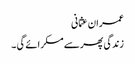
عمران عثمانی
زندگی پھر سے مسکرائے گی ۔